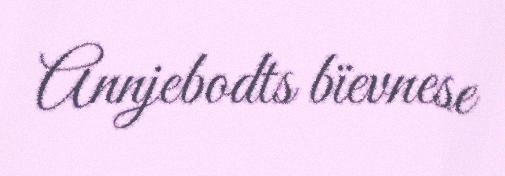
Annjebodts bïevnese